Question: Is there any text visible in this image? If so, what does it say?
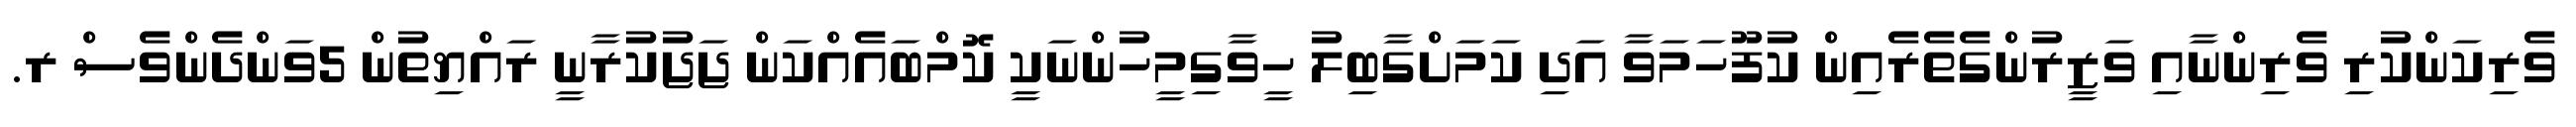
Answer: ވެރިކަންކުރި ވެރިންނާއި ވަޒީރުންގެތެރެއިން ކުފޫހަމަވާ އަދި ކަމަށްގާބިލު ހީވާގިމީހުންނަކީ ކޮމްބައެއްކަން ޖަޖުކުރާނީ ރައްޔިތުން 5ވަންދެންވެސް ރ.